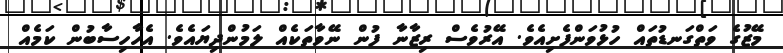
މޭޒުގެ ވަތްގަނޑުތައް ހުޅުވަންފެށިއެވެ. އޭރުވެސް ރިޒާނާ ފުން ނޭވާތަކެއް ލަމުންދިޔައެވެ. އެހާހިސާބުން ކަމެއް